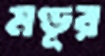
মণ্ডূর